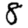
Digit: 8